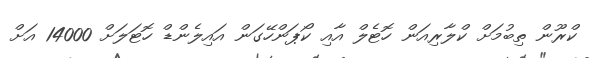
ކްރޫން ތިބުމަށް ކްލާރިއަން ހޮޓެލް އާއި ކޯޕަންހޭގަން އައިލެންޑް ހޮޓަލަށް 14000 އަށް